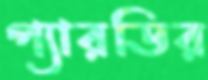
প্যারডির